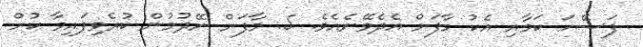
ފަސޭހަ ކަމާއި އެކު މާފަށް އެދެވޭނެއެވެ. 5. މާފަށް ނޭދުމުން ކުރެވިފައިވާ ކުށް